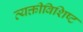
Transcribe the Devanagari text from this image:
व्यक्तीविशिष्ट